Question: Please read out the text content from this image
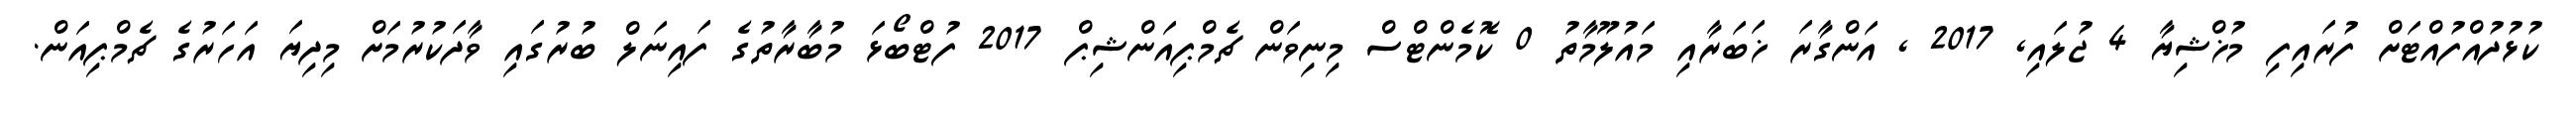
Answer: ކުޅުދުއްފުއްޓަށް ފުރައިފި މުޚްޝިޔާ 4 ޖުލައި, 2017 , އަންގާރަ ޚަބަރާއި މައުލޫމާތު 0 ކޮމެންޓްސް މިނިވަން ޗެމްޕިއަންޝިޕް 2017 ފުޓްބޯޅަ މުބާރާތުގެ ފައިނަލް ބުރުގައި ވާދަކުރުމަށް މިދިޔަ އަހަރުގެ ޗެމްޕިއަން.